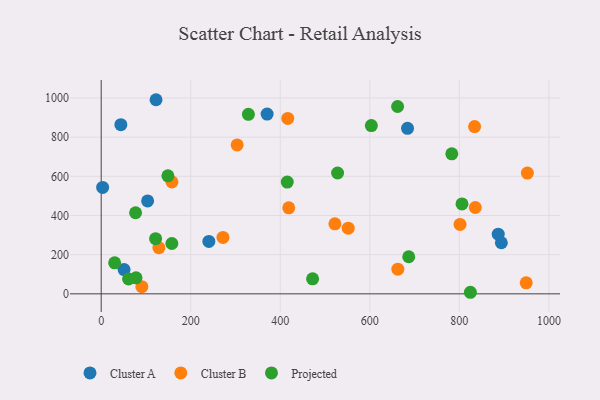
{"axis": {"x": "Engine Size", "y": "Exam Score"}, "legend": ["Cluster A", "Cluster B", "Projected"], "data": [{"x": "370.6", "y": 917.7, "type": "Cluster A"}, {"x": "51.1", "y": 124.0, "type": "Cluster A"}, {"x": "684.2", "y": 845.0, "type": "Cluster A"}, {"x": "893.8", "y": 260.9, "type": "Cluster A"}, {"x": "43.9", "y": 863.7, "type": "Cluster A"}, {"x": "886.8", "y": 304.4, "type": "Cluster A"}, {"x": "240.5", "y": 267.8, "type": "Cluster A"}, {"x": "3.2", "y": 543.2, "type": "Cluster A"}, {"x": "122.5", "y": 991.0, "type": "Cluster A"}, {"x": "103.7", "y": 474.4, "type": "Cluster A"}, {"x": "662.6", "y": 125.9, "type": "Cluster B"}, {"x": "951.9", "y": 616.4, "type": "Cluster B"}, {"x": "835.6", "y": 440.7, "type": "Cluster B"}, {"x": "158.0", "y": 571.5, "type": "Cluster B"}, {"x": "303.7", "y": 760.1, "type": "Cluster B"}, {"x": "272.0", "y": 288.0, "type": "Cluster B"}, {"x": "90.8", "y": 36.6, "type": "Cluster B"}, {"x": "522.0", "y": 357.2, "type": "Cluster B"}, {"x": "551.7", "y": 335.4, "type": "Cluster B"}, {"x": "949.3", "y": 56.3, "type": "Cluster B"}, {"x": "128.8", "y": 235.8, "type": "Cluster B"}, {"x": "418.9", "y": 439.0, "type": "Cluster B"}, {"x": "416.7", "y": 895.6, "type": "Cluster B"}, {"x": "801.5", "y": 354.4, "type": "Cluster B"}, {"x": "834.0", "y": 854.0, "type": "Cluster B"}, {"x": "61.1", "y": 76.0, "type": "Projected"}, {"x": "121.5", "y": 281.4, "type": "Projected"}, {"x": "805.9", "y": 459.1, "type": "Projected"}, {"x": "472.2", "y": 76.7, "type": "Projected"}, {"x": "415.6", "y": 570.6, "type": "Projected"}, {"x": "76.8", "y": 414.0, "type": "Projected"}, {"x": "528.0", "y": 616.9, "type": "Projected"}, {"x": "77.8", "y": 81.7, "type": "Projected"}, {"x": "686.9", "y": 189.3, "type": "Projected"}, {"x": "30.1", "y": 158.1, "type": "Projected"}, {"x": "157.8", "y": 257.1, "type": "Projected"}, {"x": "824.6", "y": 8.0, "type": "Projected"}, {"x": "149.0", "y": 602.7, "type": "Projected"}, {"x": "328.8", "y": 916.5, "type": "Projected"}, {"x": "603.4", "y": 858.9, "type": "Projected"}, {"x": "662.0", "y": 956.5, "type": "Projected"}, {"x": "783.1", "y": 715.0, "type": "Projected"}]}